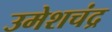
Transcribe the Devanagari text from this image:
उमेशचंद्र